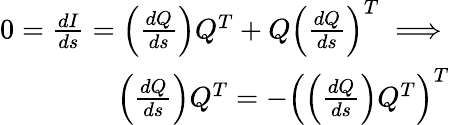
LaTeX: \begin{array}{r}{0={\frac{dI}{ds}}=\left({\frac{dQ}{ds}}\right)Q^{T}+Q\left({\frac{dQ}{ds}}\right)^{T}\implies}\\ {\left({\frac{dQ}{ds}}\right)Q^{T}=-\left(\left({\frac{dQ}{ds}}\right)Q^{T}\right)^{T}}\end{array}